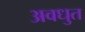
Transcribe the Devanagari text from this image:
अवधुत